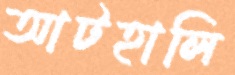
আটহালি